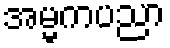
အမ္မကပညာ